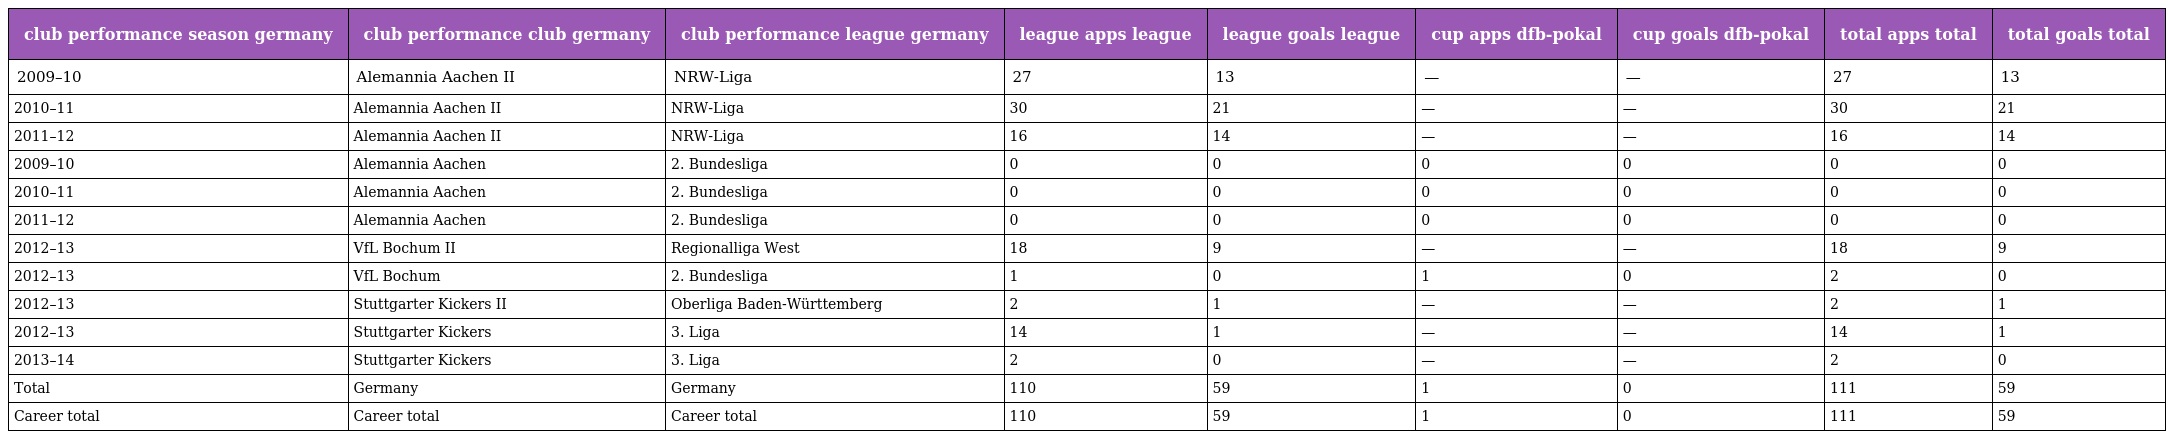
| club performance season germany | club performance club germany | club performance league germany | league apps league | league goals league | cup apps dfb-pokal | cup goals dfb-pokal | total apps total | total goals total |
 | --- | --- | --- | --- | --- | --- | --- | --- | --- |
 | 2009–10 | Alemannia Aachen II | NRW-Liga | 27 | 13 | — | — | 27 | 13 |
 | 2010–11 | Alemannia Aachen II | NRW-Liga | 30 | 21 | — | — | 30 | 21 |
 | 2011–12 | Alemannia Aachen II | NRW-Liga | 16 | 14 | — | — | 16 | 14 |
 | 2009–10 | Alemannia Aachen | 2. Bundesliga | 0 | 0 | 0 | 0 | 0 | 0 |
 | 2010–11 | Alemannia Aachen | 2. Bundesliga | 0 | 0 | 0 | 0 | 0 | 0 |
 | 2011–12 | Alemannia Aachen | 2. Bundesliga | 0 | 0 | 0 | 0 | 0 | 0 |
 | 2012–13 | VfL Bochum II | Regionalliga West | 18 | 9 | — | — | 18 | 9 |
 | 2012–13 | VfL Bochum | 2. Bundesliga | 1 | 0 | 1 | 0 | 2 | 0 |
 | 2012–13 | Stuttgarter Kickers II | Oberliga Baden-Württemberg | 2 | 1 | — | — | 2 | 1 |
 | 2012–13 | Stuttgarter Kickers | 3. Liga | 14 | 1 | — | — | 14 | 1 |
 | 2013–14 | Stuttgarter Kickers | 3. Liga | 2 | 0 | — | — | 2 | 0 |
 | Total | Germany | Germany | 110 | 59 | 1 | 0 | 111 | 59 |
 | Career total | Career total | Career total | 110 | 59 | 1 | 0 | 111 | 59 |